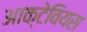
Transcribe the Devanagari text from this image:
आक्टेवियस